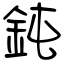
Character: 鈍